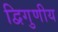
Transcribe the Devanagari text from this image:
द्विगुणीय